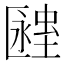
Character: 𧏔